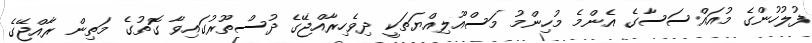
ފުލުހުންގެ މުއައްސަސާގެ އެންމެ މުހިންމު މަސްއޫލިއްޔަތަކީ ދިވެހިރާއްޖޭގެ ދުސްތޫރުގައިވާ ގޮތުގެ މަތިން ރާއްޖޭގެ